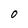
Character: 0